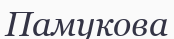
Памукова